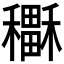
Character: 𥣲